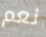
نعم